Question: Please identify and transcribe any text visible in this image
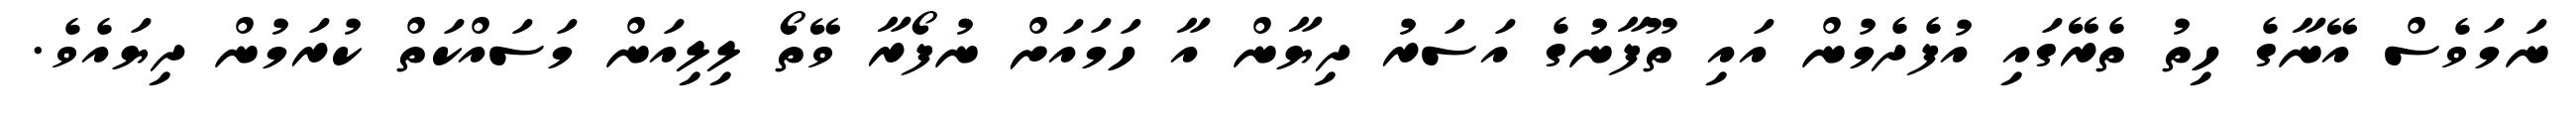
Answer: ނަމަވެސް އޭނާގެ ހިތު ތެރޭގައި އުފެދެމުން އައި ތޫފާނުގެ އަސަރު ދިޔާން އާ ހަމައަށް ނުފޯރާ ވޭތޯ ލިލިއަން މަސައްކަތް ކުރަމުން ދިޔައެވެ.